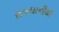
રાજધાનીથી